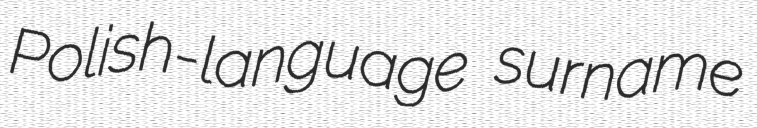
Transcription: Polish-language surname